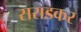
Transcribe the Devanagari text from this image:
सराडकर